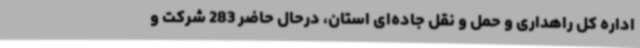
اداره کل راهداری و حمل و نقل جاده‌ای استان، درحال حاضر 283 شرکت و